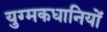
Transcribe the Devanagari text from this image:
युग्मकधानियों